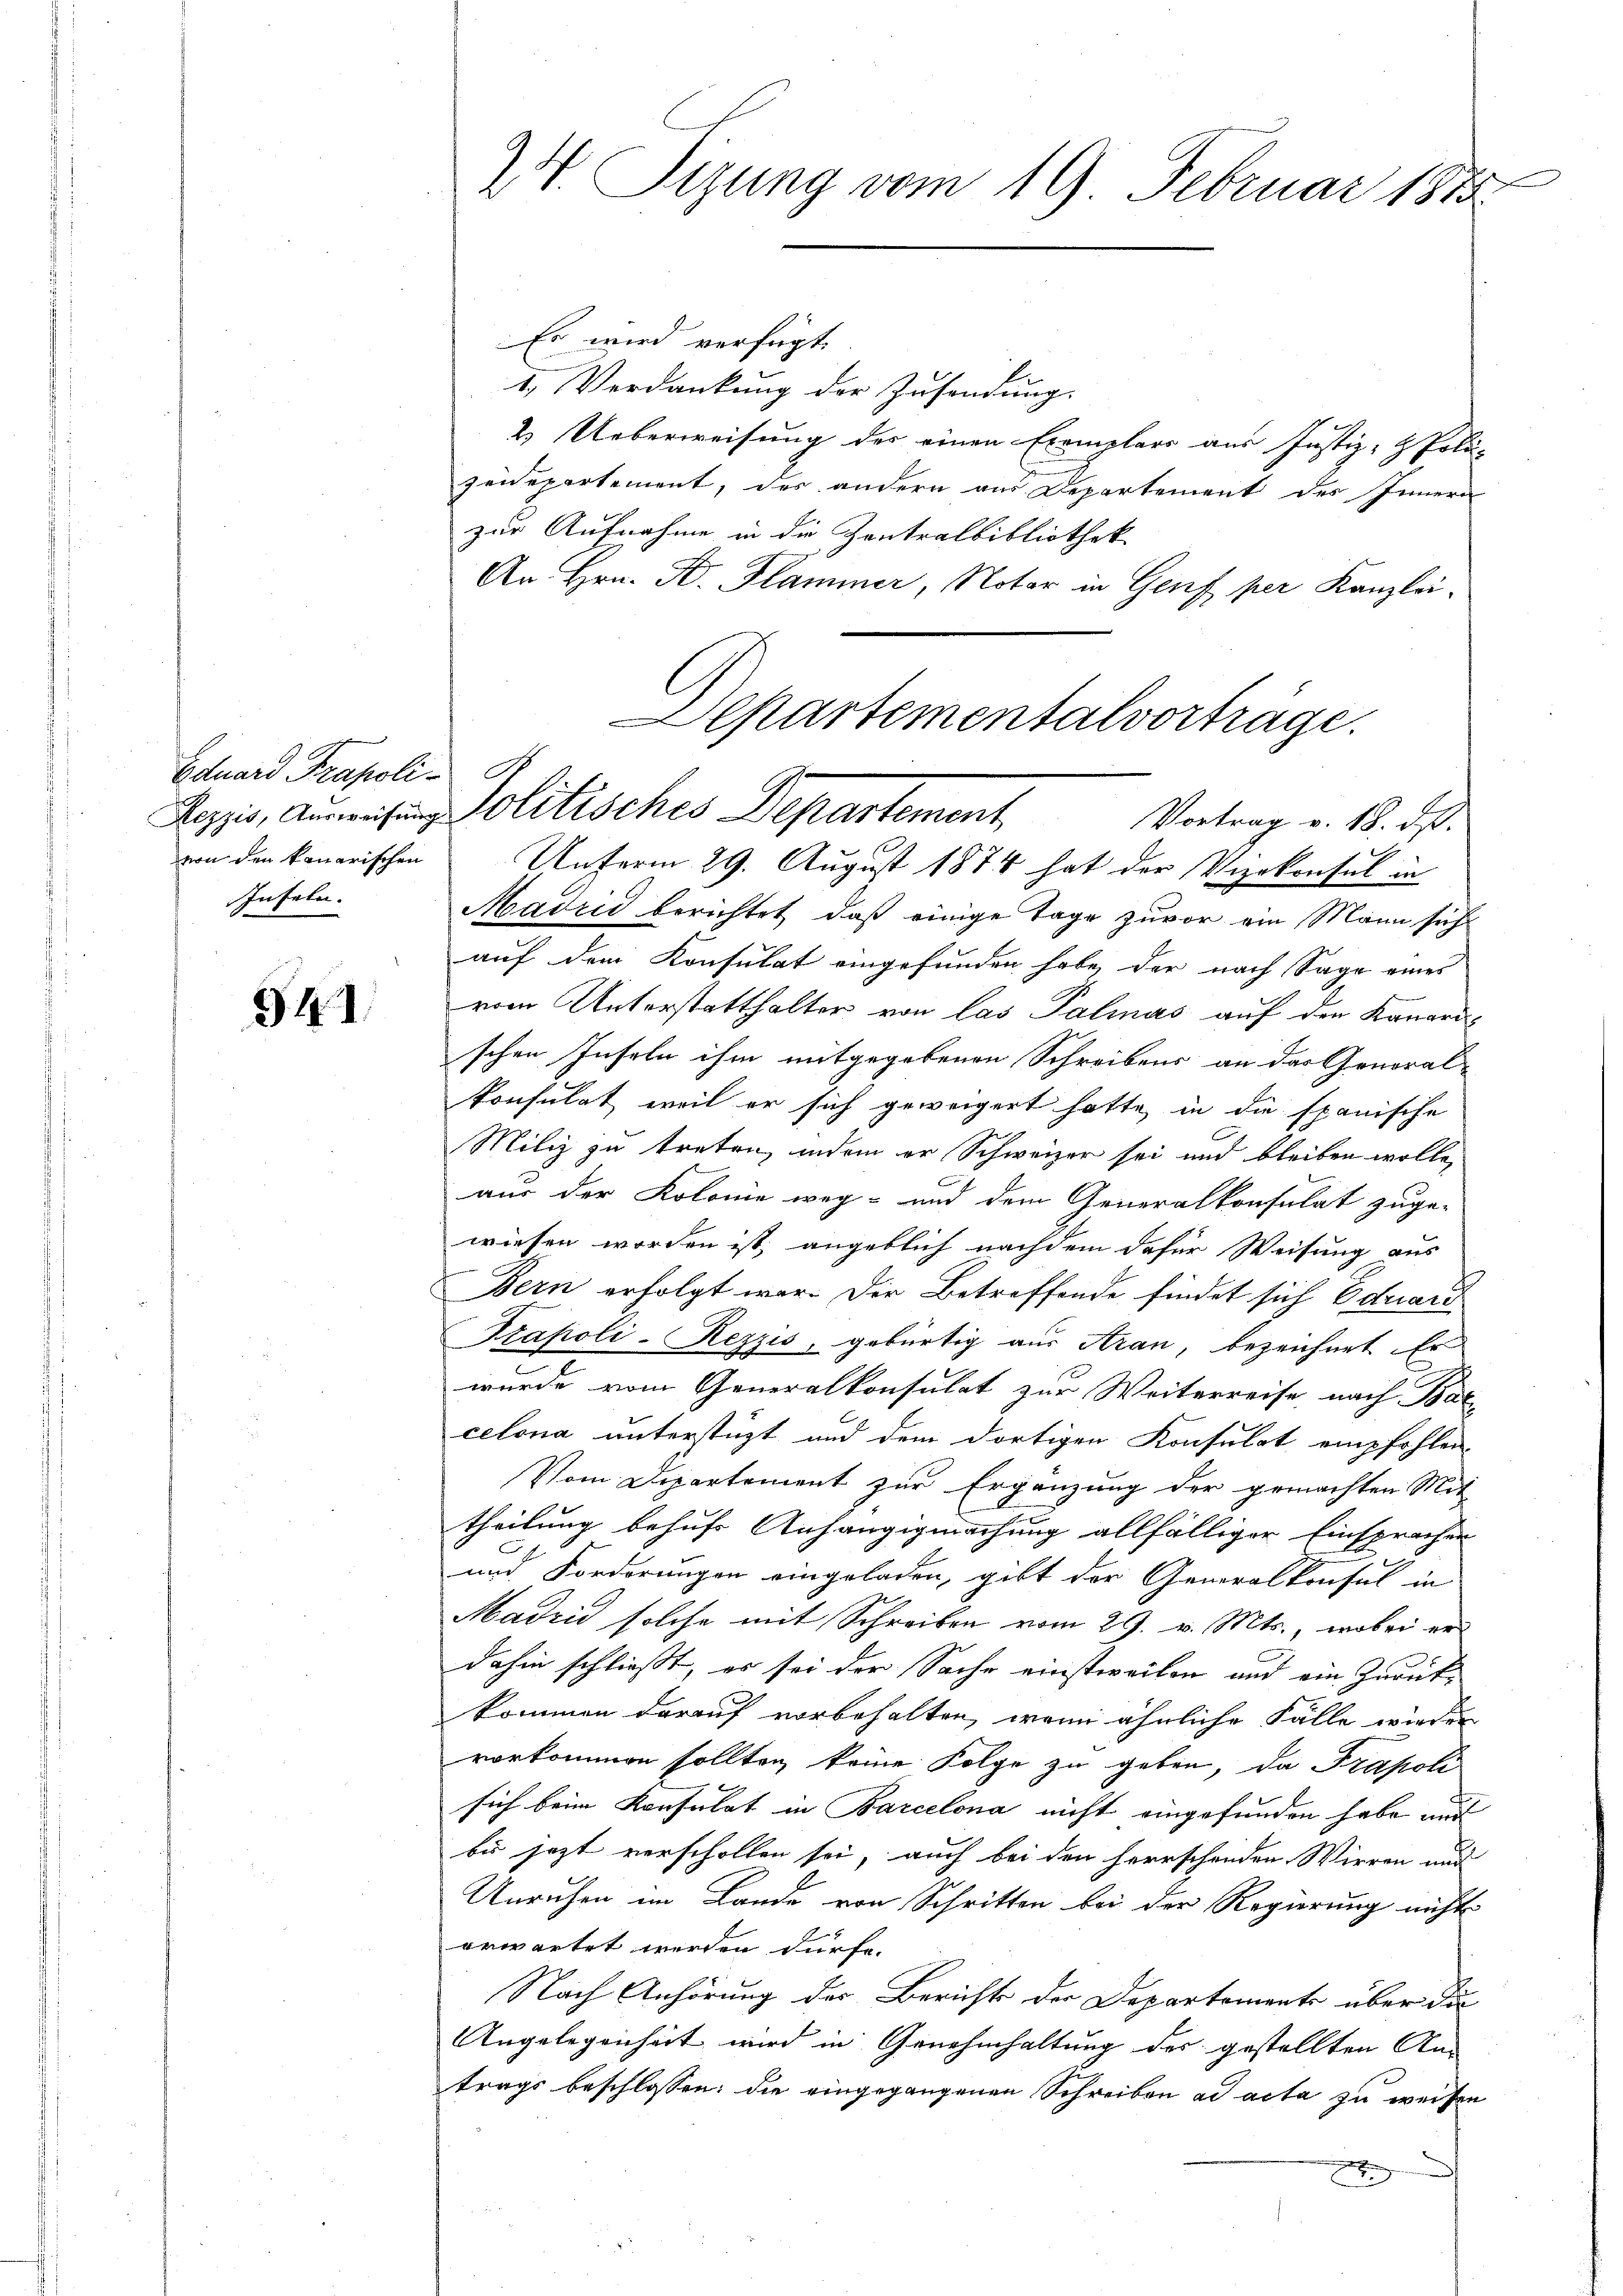
Eduard Prapoli¬
Inseln.

541.

Es wird verfügt:
I. Verdankung der Zusendung.
2. Ueberweisung des einen Exemplars aus Justiz- & Poli-
zeidepartement, des andern aus Departement des Innern
zur Aufnahme in die Zentralbibliothek
An Hrn. F. Flammer, Notar in Genf per Kanzleivon den konerischen Unterm 29. August 1874 hat der Vizekonsul in
Madrić berichtet, daß einige Tage zuvor ein Mann sich
auf dem Konsulat eingefunden habe, der nach Sage eines
vom Unterstatthalter von las Palmas auf den Kanarischen Inseln ihm mitgegebenen Schreibens an das General-
konsulat, weil er sich geweigert hatte, in die spanische
Miliz zu treten, indem er Schweizer sei und bleiben wolle,
b
aus der Kolonie weg- und dem Generalkonsulat zuge-
wiesen worden ist, angeblich nachdem dafür Weisung aus
Bern erfolgt war. Der Betreffende findet sich Eduard
Prapoli-Rezzis, gebürtig aus Aran, bezeichnet Er
wurde vom Generalkonsulat zur Weiterreise, nach Bal
celona unterstüzt und dem dortigen Konsulat empfohlen.
Vom Departement zur Ergänzung der gemachten Mit-
theilung behufs Anhängigmachung allfälliger Einsprachen
und Forderungen eingeladen, gibt der Generalkonsul in
Madzić solche mit Schreiben vom 29. v. Mts., wobei er-
dahin schließt, es sei der Sache einstweilen und ein Zuruk-
kommen darauf vorbehalten, wenn ähnliche Fälle wieder
vorkommen sollten, keine Folge zu geben, da Trapoli
sich beim Konsulat in Barcelona nicht eingefunden habe und
bis jezt verschollen sei, auch bei den herrschenden Wirren und
Unruhen im Lande von Schritten bei der Regierung nicht
erwartet werden dürfe.
Nach Anhörung des Berichts der Departements über die
Angelegenheit wird in Genehmhaltung des gestellten An
trags beschlossen: die eingegangenen Schreiben ad acta zu weisen

Z. Tizung vom 19. Februar 1875.

Separtementalvorträge.
Rozzi, aussen Politisches Departement,
Vortrag v. 18. ds.